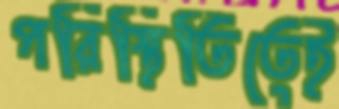
পরিস্থিতিতেই